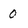
Character: 0